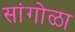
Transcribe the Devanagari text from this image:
सांगोळा